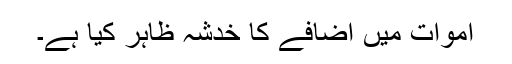
اموات میں اضافے کا خدشہ ظاہر کیا ہے۔